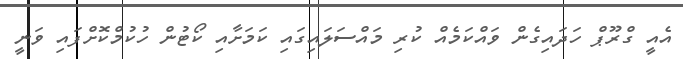
އެއީ ގްރޫޕް ހަދައިގެން ވައްކަމެއް ކުރި މައްސަލައިގައި ކަމަށާއި ކޯޓުން ހުކުމްކޮށްފައި ވަނީ